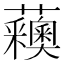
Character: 𧅨